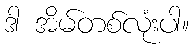
ဒါ အိမ်တစ်လုံးပါ။